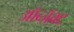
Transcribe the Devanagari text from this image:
ऑब्जॅक्ट